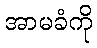
အာမခံကို